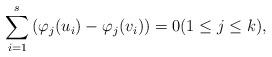
LaTeX: \begin{align*}\sum_{i=1}^s\left( \varphi_j(u_i)-\varphi_j(v_i)\right)=0(1\le j\le k),\end{align*}